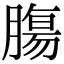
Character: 膓